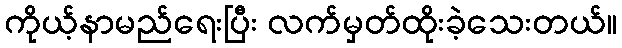
ကိုယ့်နာမည်ရေးပြီး လက်မှတ်ထိုးခဲ့သေးတယ်။